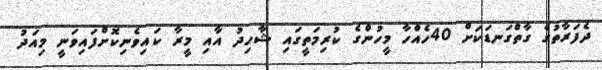
ދެފަރާތުގެ ގާތްގަނޑަކަށް 40ހެއްހާ މީހުންގެ ކުރިމަތީގައި ޝާހިދު އާއި މީރާ ކައިވެނިކޮށްފައިވަނީ މިއަދު